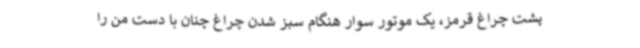
پشت چراغ قرمز، یک موتور سوار هنگام سبز شدن چراغ چنان با دست من را